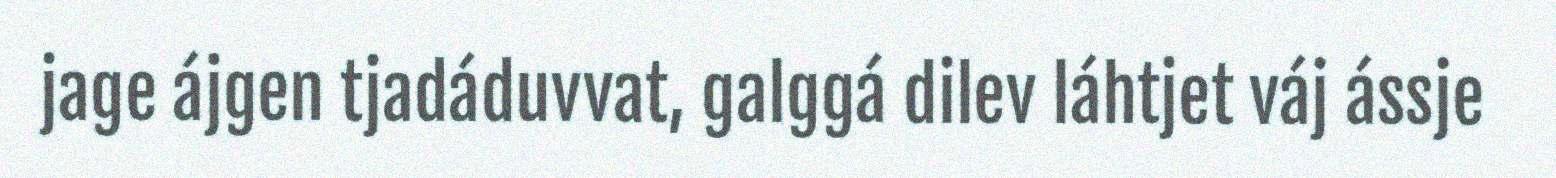
jage ájgen tjadáduvvat, galggá dilev láhtjet váj ássje